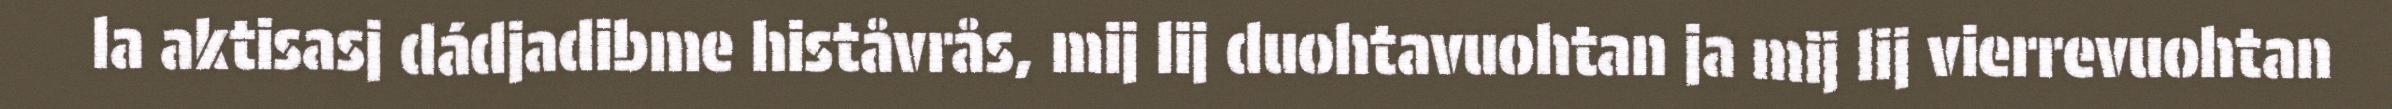
la aktisasj dádjadibme histåvrås, mij lij duohtavuohtan ja mij lij vierrevuohtan